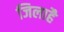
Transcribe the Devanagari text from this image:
जिलाहै